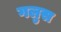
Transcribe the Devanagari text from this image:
गलुस